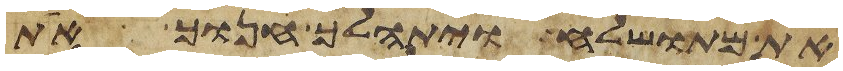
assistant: את מתושלח ויתהלך חנוך את